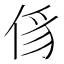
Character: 𠉠